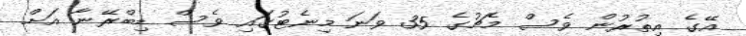
އޭގެ އިތުރުން ވެސް މެޗުގެ 35 ވަނަ މިނެޓުގައި ވެސް ޑިބްރޭނާ އަށް